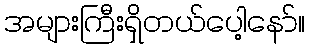
အများကြီးရှိတယ်ပေါ့နော်။